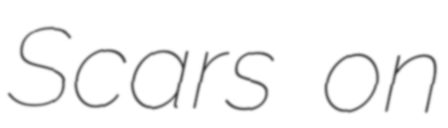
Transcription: Scars on